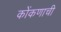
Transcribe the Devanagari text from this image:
कोंकणाची